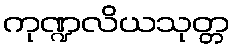
ကုဏ္ဍလိယသုတ္တ